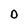
Character: O